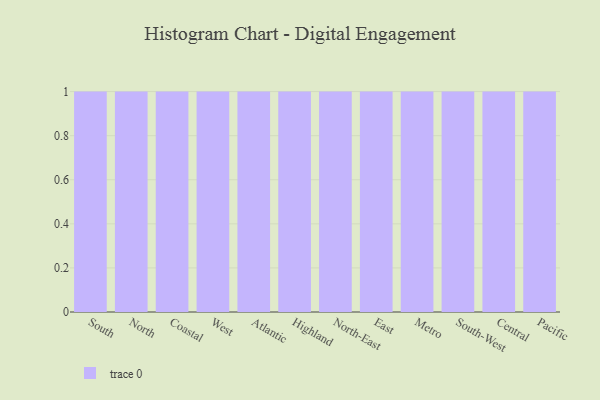
{"axis": {"x": "Region", "y": "Net Income (USD K)"}, "legend": [""], "data": [{"x": "South", "y": 39, "type": ""}, {"x": "North", "y": 26, "type": ""}, {"x": "Coastal", "y": 69, "type": ""}, {"x": "West", "y": 64, "type": ""}, {"x": "Atlantic", "y": 22, "type": ""}, {"x": "Highland", "y": 75, "type": ""}, {"x": "North-East", "y": 10, "type": ""}, {"x": "East", "y": 53, "type": ""}, {"x": "Metro", "y": 25, "type": ""}, {"x": "South-West", "y": 28, "type": ""}, {"x": "Central", "y": 3, "type": ""}, {"x": "Pacific", "y": 97, "type": ""}]}